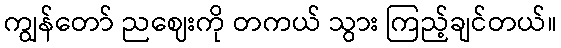
ကျွန်တော် ညဈေးကို တကယ် သွား ကြည့်ချင်တယ်။